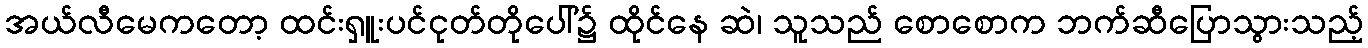
အယ်လီမေကတော့ ထင်းရှူးပင်ငုတ်တိုပေါ်၌ ထိုင်နေ ဆဲ၊ သူသည် စောစောက ဘက်ဆီပြောသွားသည့်